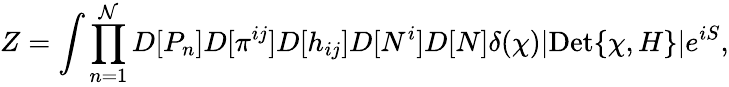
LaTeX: Z=\int\prod_{n=1}^{\mathcal{N}}D[P_{n}]D[\pi^{ij}]D[h_{ij}]D[N^{i}]D[N]\delta(\chi)|\mathrm{Det}\{ \chi,H\} |e^{iS},